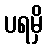
ပရမှိ